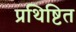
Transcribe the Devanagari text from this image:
प्रथिष्टित